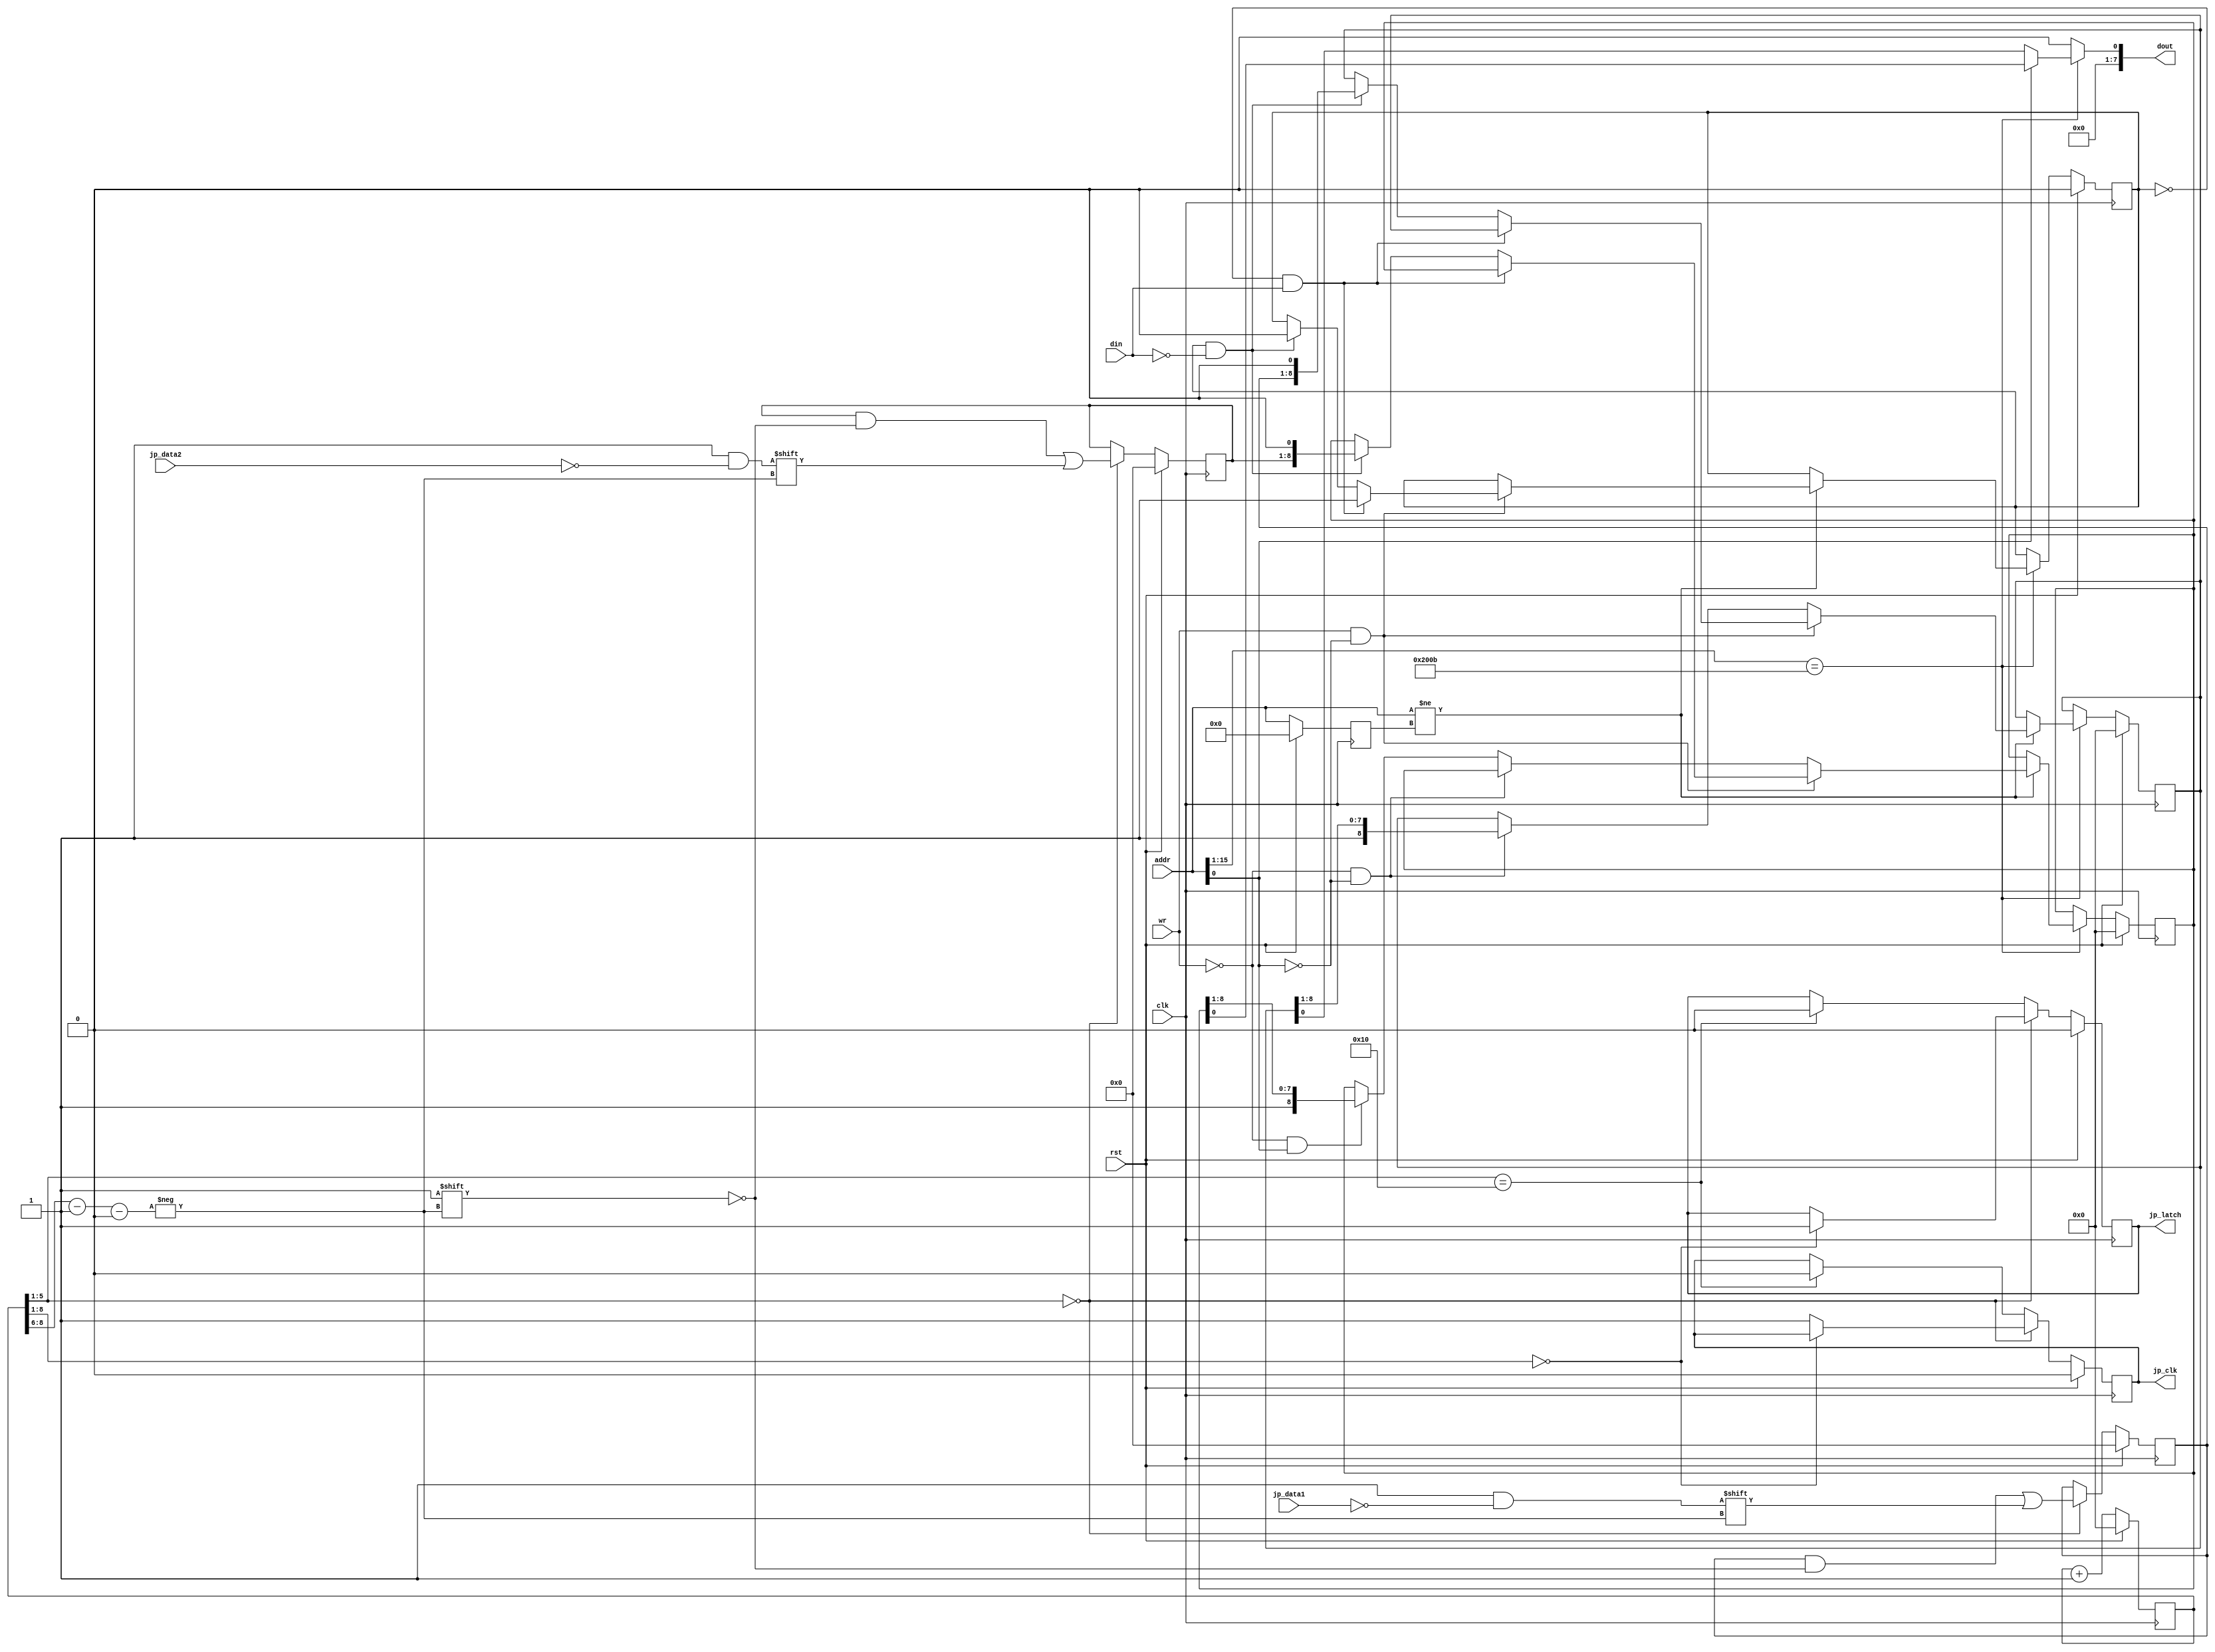
module jp
(
  input  wire        clk,       // 100MHz system clock signal
  input  wire        rst,       // reset signal
  input  wire        wr,        // write enable signal
  input  wire [15:0] addr,      // 16-bit memory address
  input  wire        din,       // data input bus
  input  wire        jp_data1,  // joypad 1 input signal
  input  wire        jp_data2,  // joypad 2 input signal
  output wire        jp_clk,    // joypad output clk signal
  output wire        jp_latch,  // joypad output latch signal
  output reg  [ 7:0] dout       // data output bus
);

//
// FFs for tracking/reading current controller state.
//
reg [7:0] q_jp1_state, d_jp1_state;
reg [7:0] q_jp2_state, d_jp2_state;
reg       q_jp_clk,    d_jp_clk;
reg       q_jp_latch,  d_jp_latch;
reg [8:0] q_cnt,       d_cnt;

always @(posedge clk)
  begin
    if (rst)
      begin
        q_jp1_state <= 8'h00;
        q_jp2_state <= 8'h00;
        q_jp_clk    <= 1'b0;
        q_jp_latch  <= 1'b0;
        q_cnt       <= 9'h00;
      end
    else
      begin
        q_jp1_state <= d_jp1_state;
        q_jp2_state <= d_jp2_state;
        q_jp_clk    <= d_jp_clk;
        q_jp_latch  <= d_jp_latch;
        q_cnt       <= d_cnt;
      end
  end

wire [2:0] state_idx;

always @*
  begin
    // Default most FFs to current state.
    d_jp1_state = q_jp1_state;
    d_jp2_state = q_jp2_state;
    d_jp_clk    = q_jp_clk;
    d_jp_latch  = q_jp_latch;

    d_cnt = q_cnt + 9'h001;

    // Drive LATCH signal to latch current controller state and return state of A button.  Pulse
    // clock 7 more times to read other 7 buttons.  Controller states are active low.
    if (q_cnt[5:1] == 5'h00)
      begin
        d_jp1_state[state_idx] = ~jp_data1;
        d_jp2_state[state_idx] = ~jp_data2;

        if (q_cnt[8:1] == 8'h00)
          d_jp_latch = 1'b1;
        else
          d_jp_clk = 1'b1;
      end
    else if (q_cnt[5:1] == 5'h10)
      begin
        d_jp_clk   = 1'b0;
        d_jp_latch = 1'b0;
      end
  end

assign state_idx = q_cnt[8:6] - 3'h1;
assign jp_latch  = q_jp_latch;
assign jp_clk    = q_jp_clk;

localparam [15:0] JOYPAD1_MMR_ADDR = 16'h4016;
localparam [15:0] JOYPAD2_MMR_ADDR = 16'h4017;

localparam S_STROBE_WROTE_0 = 1'b0,
           S_STROBE_WROTE_1 = 1'b1;

//
// FFs for managing MMR interface for reading joypad state.
//
reg [15:0] q_addr;
reg [ 8:0] q_jp1_read_state, d_jp1_read_state;
reg [ 8:0] q_jp2_read_state, d_jp2_read_state;
reg        q_strobe_state,   d_strobe_state;

always @(posedge clk)
  begin
    if (rst)
      begin
        q_addr           <= 16'h0000;
        q_jp1_read_state <= 9'h000;
        q_jp2_read_state <= 9'h000;
        q_strobe_state   <= S_STROBE_WROTE_0;
      end
    else
      begin
        q_addr           <= addr;
        q_jp1_read_state <= d_jp1_read_state;
        q_jp2_read_state <= d_jp2_read_state;
        q_strobe_state   <= d_strobe_state;
      end
  end

always @*
  begin
    dout = 8'h00;

    // Default FFs to current state.
    d_jp1_read_state = q_jp1_read_state;
    d_jp2_read_state = q_jp2_read_state;
    d_strobe_state   = q_strobe_state;

    if (addr[15:1] == JOYPAD1_MMR_ADDR[15:1])
      begin
        dout = { 7'h00, ((addr[0]) ? q_jp2_read_state[0] : q_jp1_read_state[0]) };

        // Only update internal state one time per read/write.
        if (addr != q_addr)
          begin
            // App must write 0x4016 to 1 then to 0 in order to reset and begin reading the joypad
            // state.
            if (wr && !addr[0])
              begin
                if ((q_strobe_state == S_STROBE_WROTE_0) && (din == 1'b1))
                  begin
                    d_strobe_state = S_STROBE_WROTE_1;
                  end
                else if ((q_strobe_state == S_STROBE_WROTE_1) && (din == 1'b0))
                  begin
                    d_strobe_state = S_STROBE_WROTE_0;
                    d_jp1_read_state = { q_jp1_state, 1'b0 };
                    d_jp2_read_state = { q_jp2_state, 1'b0 };
                  end
              end

            // Shift appropriate jp read state on every read.  After 8 reads, all subsequent reads
            // should be 1.
            else if (!wr && !addr[0])
              d_jp1_read_state = { 1'b1, q_jp1_read_state[8:1] };
            else if (!wr && addr[0])
              d_jp2_read_state = { 1'b1, q_jp2_read_state[8:1] };
          end
      end
  end

endmodule